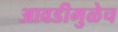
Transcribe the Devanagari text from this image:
आवडीमुळेच